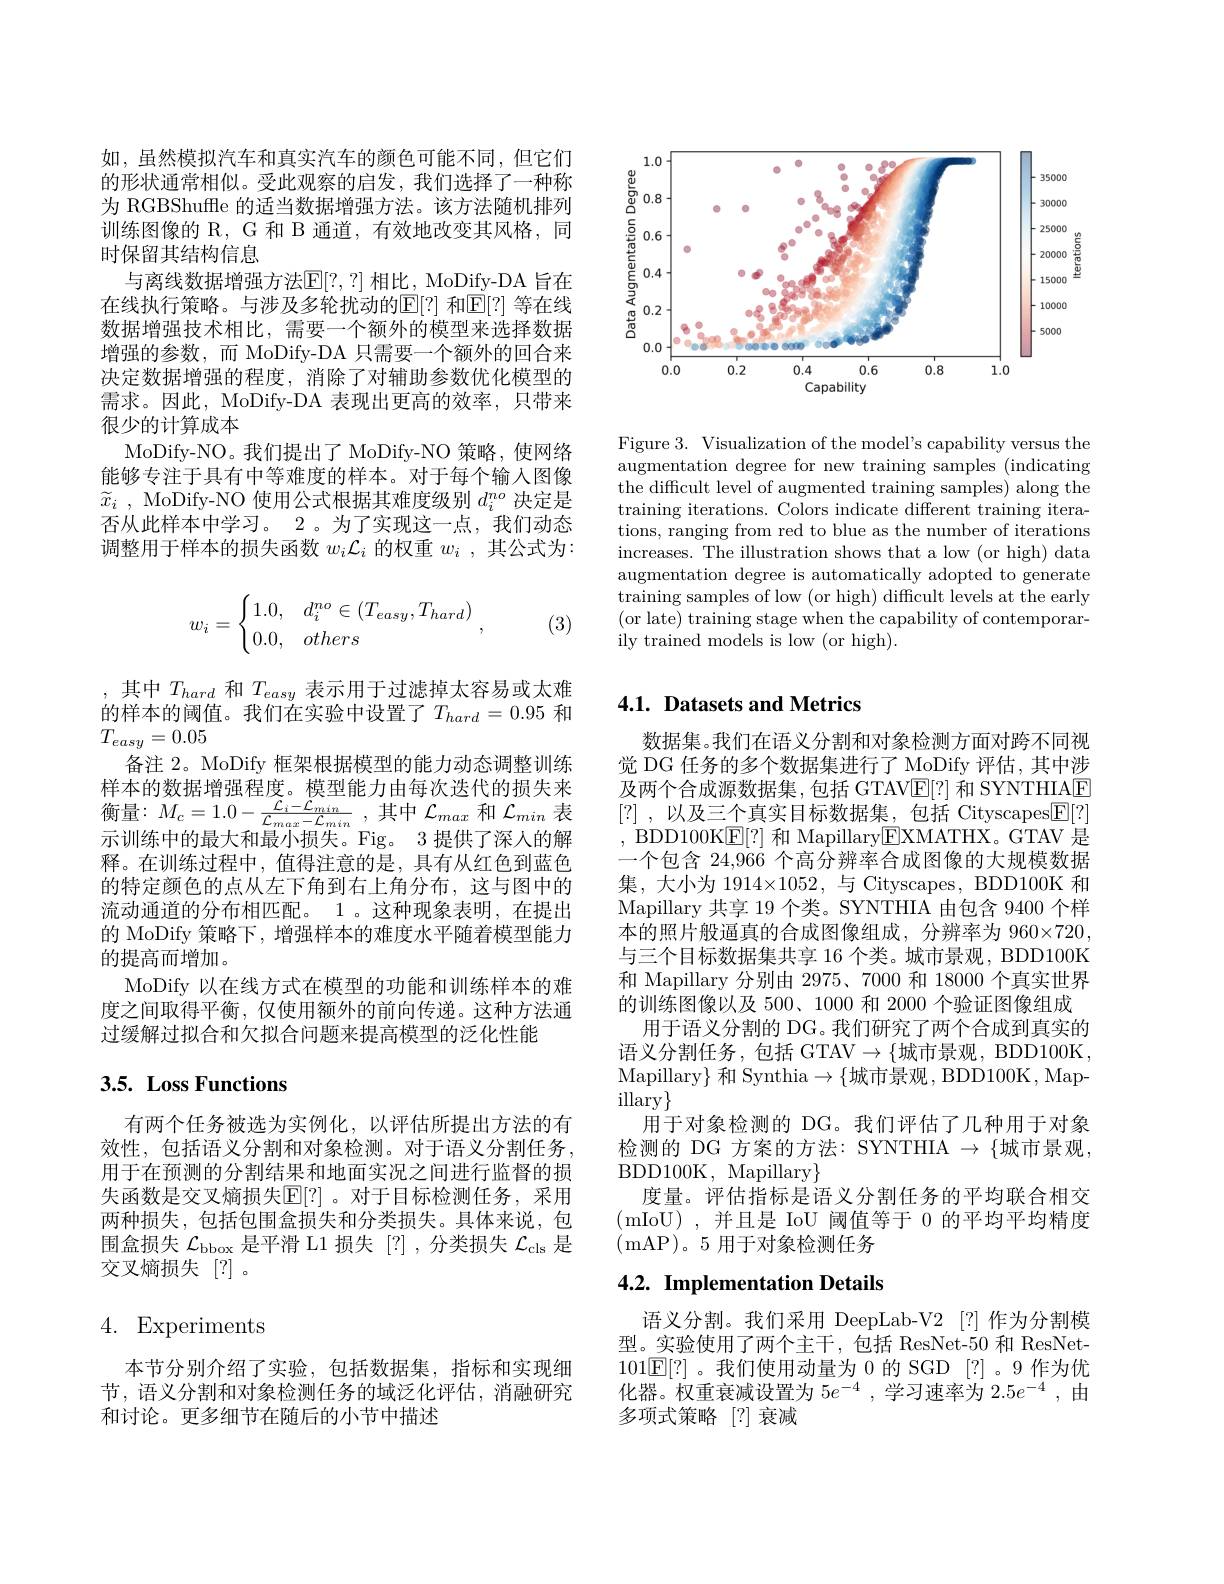
如，虽然模拟汽车和真实汽车的颜色可能不同，但它们的形状通常相似。受此观察的启发，我们选择了一种称为 RGBShuffle 的适当数据增强方法。该方法随机排列训练图像的 R, G 和 B 通道，有效地改变其风格，同时保留其结构信息
与离线数据增强方法$\mathbb{E}[?,?]$ 相比，MoDify-DA 旨在在线执行策略。与涉及多轮扰动的$\mathbb{E}[?]$ 和$\mathbb{E}[?]$ 等在线数据增强技术相比，需要一个额外的模型来选择数据增强的参数，而 MoDify-DA 只需要一个额外的回合来决定数据增强的程度，消除了对辅助参数优化模型的需求。因此，MoDify-DA 表现出更高的效率，只带来很少的计算成本
MoDify-NO。我们提出了 MoDify-NO 策略，使网络能够专注于具有中等难度的样本。对于每个输入图像$\widetilde{x} _i$ , MoDify-NO 使用公式根据其难度级别$d_i^{no}$决定是否从此样本中学习。2。为了实现这一点，我们动态调整用于样本的损失函数$w_i\mathcal{L}_i$的权重$w_i$,其公式为：
$$w_i=\begin{cases}1.0,&d_i^{no}\in(T_{easy},T_{hard})\\0.0,&others\end{cases},$$
(3)

,其中$T_{hard}$和$T_{easy}$表示用于过滤掉太容易或太难的样本的阈值。我们在实验中设置了$T_hard=0.95$ 和$T_{easy}=0.05$
备注 2。MoDify 框架根据模型的能力动态调整训练示训练中的最大和最小损失。Fig。3 提供了深人的解释。在训练过程中，值得注意的是，具有从红色到蓝色的特定颜色的点从左下角到右上角分布，这与图中的流动通道的分布相匹配。1 。这种现象表明，在提出的 MoDify 策略下，增强样本的难度水平随着模型能力的提高而增加。
MoDify 以在线方式在模型的功能和训练样本的难度之间取得平衡，仅使用额外的前向传递。这种方法通过缓解过拟合和欠拟合问题来提高模型的泛化性能

## 3.5. Loss Functions

有两个任务被选为实例化，以评估所提出方法的有效性，包括语义分割和对象检测。对于语义分割任务， 用于在预测的分割结果和地面实况之间进行监督的损失函数是交叉熵损失$\mathbb{E}[?]$ 。对于目标检测任务，采用两种损失，包括包围盒损失和分类损失。具体来说，包围盒损失$\mathcal{L}_\mathrm{bbox}$是平滑 L1 损失 [?],分类损失$\mathcal{L}_\mathrm{cls}$是交叉熵损失[?]。

# 4. Experiments

本节分别介绍了实验，包括数据集，指标和实现细节，语义分割和对象检测任务的域泛化评估，消融研究和讨论。更多细节在随后的小节中描述

<FigureHere>

Figure 3. Visualization of the model's capability versus the augmentation degree for new training samples (indicating the difficult level of augmented training samples) along the training iterations. Colors indicate different training iterations, ranging from red to blue as the number of iterations increases. The illustration shows that a low (or high) data augmentation degree is automatically adopted to generate training samples of low (or high) difficult levels at the early (or late) training stage when the capability of contemporarily trained models is low (or high).

## 4.1. Datasets and Metrics

数据集。我们在语义分割和对象检测方面对跨不同视觉 DG 任务的多个数据集进行了 MoDify 评估，其中涉及两个合成源数据集，包括 GTAVE[?]和 SYNTHIAE [?] , 以及三个真实目标数据集，包括 Cityscapes$\boxed{\mathrm{E}}[?]$ , BDD100K$\underline{\mathrm{E}}[?]$和 Mapillary$\underline{\mathrm{E}}$XMATHX。GTAV 是一个包含 24,966 个高分辨率合成图像的大规模数据集，大小为 1914×1052, 与 Cityscapes, BDD100K 和Mapillary 共享 19 个类。SYNTHIA 由包含 9400 个样本的照片般逼真的合成图像组成，分辨率为 960×720, 与三个目标数据集共享 16 个类。城市景观，BDD100K 和 Mapillary 分别由 2975、7000 和 18000 个真实世界的训练图像以及 500、1000 和 2000 个验证图像组成
用于语义分割的 DG。我们研究了两个合成到真实的语义分割任务，包括 GTAV$\to\{$城市景观，BDD100K, Mapillary} 和 Synthia$\to\{$城市景观，BDD100K, Map- $\operatorname{illary}\}$
用于对象检测的 DG。我们评估了几种用于对象检测的 DG 方案的方法：SYNTHIA $\to\{$城市景观， BDD100K, Mapillary$\}$
度量。评估指标是语义分割任务的平均联合相交(mIoU),并且是 IoU 阈值等于0的平均平均精度(mAP)。5 用于对象检测任务

## 4.2. Implementation Details

语义分割。我们采用 DeepLab-V2 [?] 作为分割模型。实验使用了两个主干，包括 ResNet-50 和 ResNet- 101E[?]。我们使用动量为 0 的 SGD [?]。9 作为优化器。权重衰减设置为$5e^{-4}$,学习速率为 2.5$e^-4$,由多项式策略[?]衰减